Civil Veterinary Department. Central Provinces & Berar 1932-41 - 1932-1941
Year: 1932
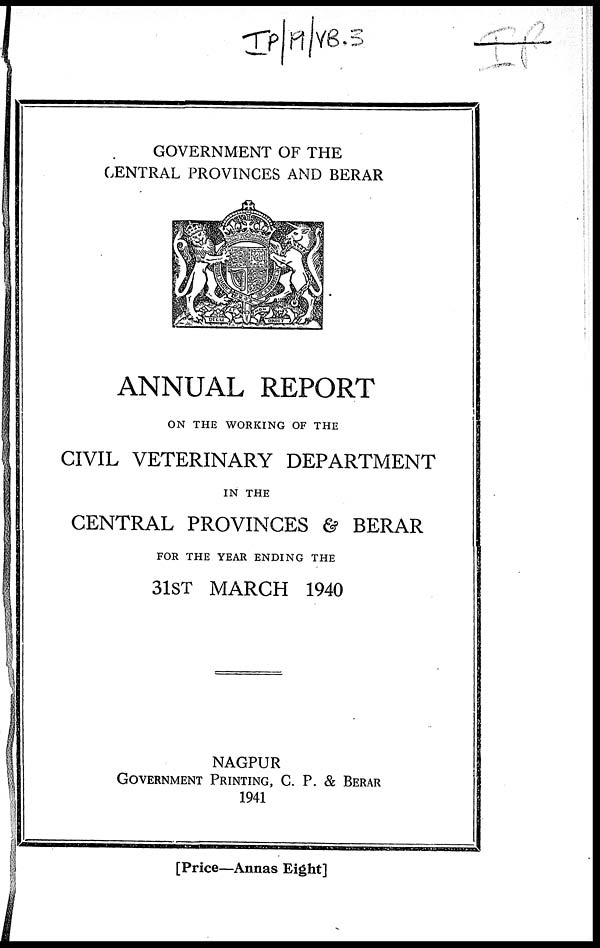
GOVERNMENT OF THE
CENTRAL PROVINCES AND BERAR
ANNUAL REPORT
ON THE WORKING OF THE
CIVIL VETERINARY DEPARTMENT
IN THE
CENTRAL PROVINCES & BERAR
FOR THE YEAR ENDING THE
31ST MARCH 1940
NAGPUR
GOVERNMENT PRINTING, C. P. & BERAR
1941
[Price—Annas Eight]